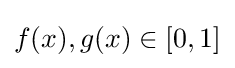
f(x),g(x)\in [0,1]